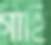
গাহি